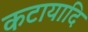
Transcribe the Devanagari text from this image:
कटायादि